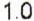
1.0